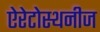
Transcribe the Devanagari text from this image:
ऐरेटोस्थनीज